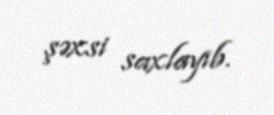
şəxsi saxlayıb.